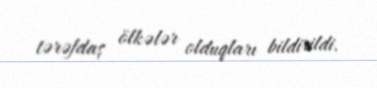
tərəfdaş ölkələr olduqları bildirildi.